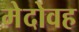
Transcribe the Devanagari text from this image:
मेदोवह